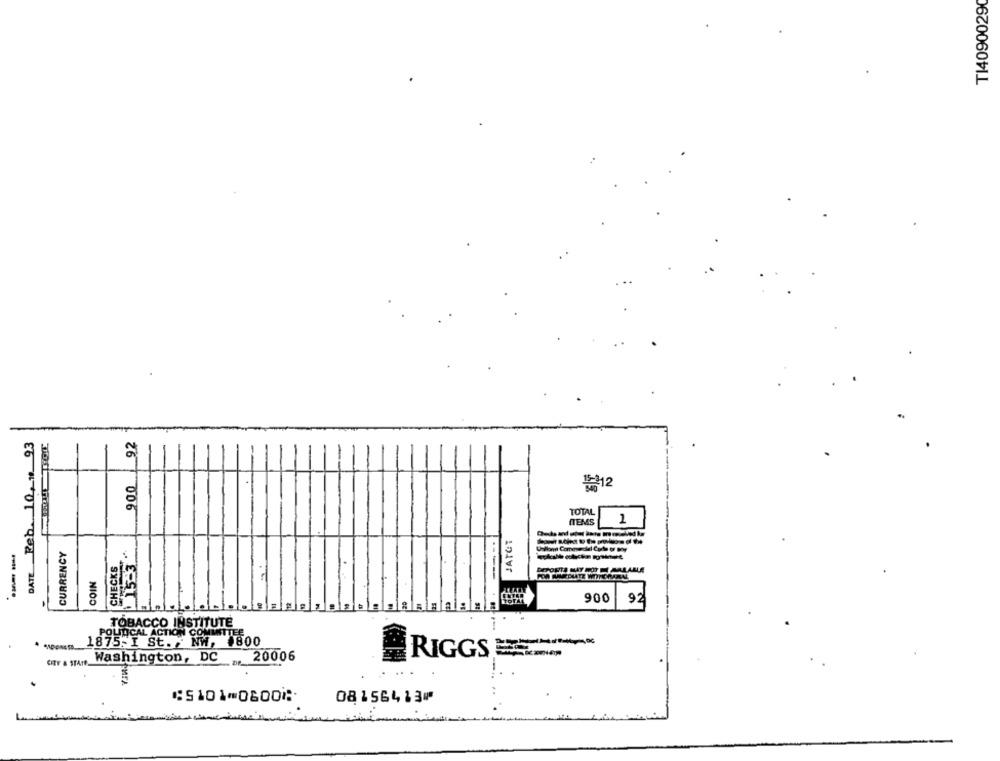
T140900290
DATE Peh .10,19 93
92
12
900
TOTAL
ITEMS
1
JATOT
---
CURRENCY
CHECKS
15-3
COIN
900
92
TOBACCO INSTITUTE
POLITICAL ACTION COMMITTEE
_1875-I St. NW, 1800
CITY & STATE
Washington, DC
20006
BRIGGS
⑆5101⑉0600⑆
08156413⑈